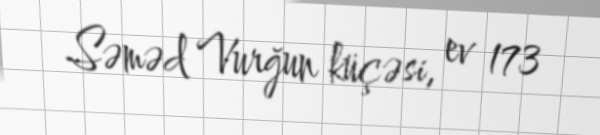
Səməd Vurğun küçəsi, ev 173